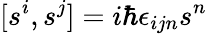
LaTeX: [s^{i},s^{j}]=i\hbar\epsilon_{ijn}s^{n}